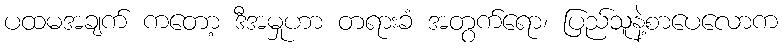
ပထမအချက် ကတော့ ဒီအမှုဟာ တရားခံ အတွက်ရော၊ ပြည်သူနဲ့စာပေလောက